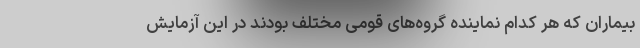
بیماران که هر کدام نماینده گروه‌های قومی مختلف بودند در این آزمایش